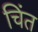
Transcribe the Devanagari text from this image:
चिंत